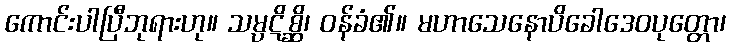
ကောင်းပါပြီဘုရားဟု။ သမ္ပဋိစ္ဆိ၊ ဝန်ခံ၏။ မဟာသေနောပိခေါဒေဝပုတ္တော၊